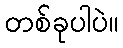
တစ်ခုပါပဲ။